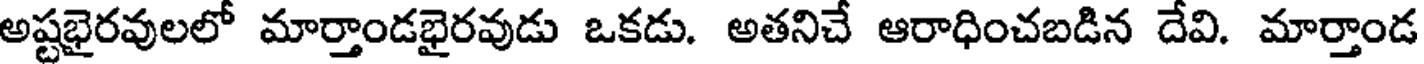
అష్టభైరవులలో మార్తాండభైరవుడు ఒకడు. అతనిచే ఆరాధించబడిన దేవి. మార్తాండ